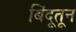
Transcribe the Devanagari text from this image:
बिंदूतून